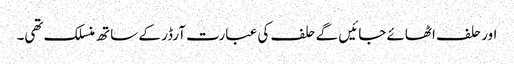
اور حلف اٹھائے جائیں گے حلف کی عبارت آرڈر کے ساتھ منسلک تھی۔